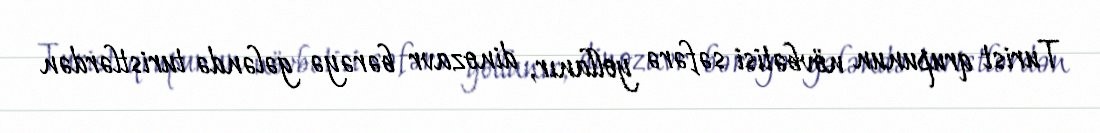
Turist qrupunun növbətisi səfərə yollanır, dinozavr bərəyə gələndə turistlərdən